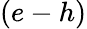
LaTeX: (e-h)